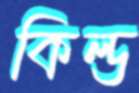
কিল্ড